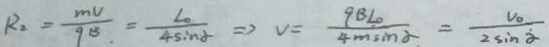
R _ { 2 } = \frac { m V } { q B } = \frac { L _ { 0 } } { 4 \sin \alpha } \Rightarrow V = \frac { q B L o } { 4 m \sin \alpha } = \frac { V _ { 0 } } { 2 \sin \alpha }